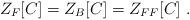
LaTeX: \begin{align*}Z_F[C] = Z_B[C] = Z_{FF}[C]\;.\end{align*}